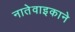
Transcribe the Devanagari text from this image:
नातेवाइकाने